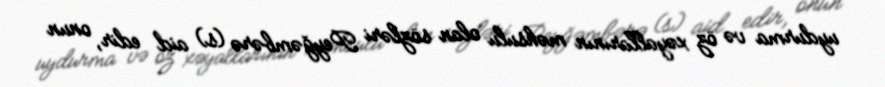
uydurma və öz xəyallarının məhsulu olan sözləri Peyğəmbərə (s) aid edir, onun